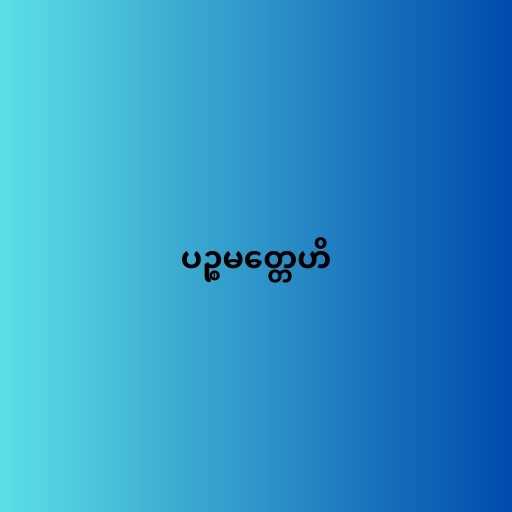
ပဉ္စမတ္တေဟိ